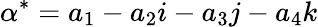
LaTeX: \alpha^{*}=a_{1}-a_{2}i-a_{3}j-a_{4}k